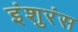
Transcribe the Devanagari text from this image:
इंशुरंस